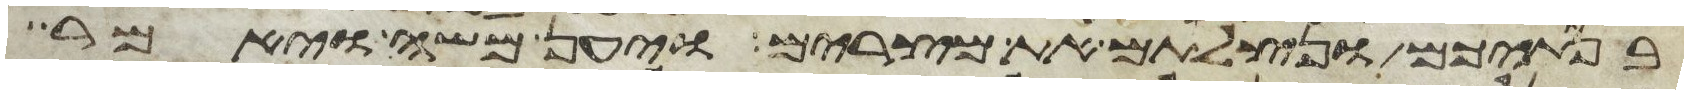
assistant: בנתיכם ונצלתם את מצרים ויען משה ויאמר